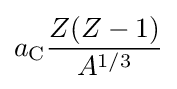
a_{\text{C}}{\frac {Z(Z-1)}{A^{1/3}}}